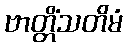
ဗာတ္တိံသတိမံ